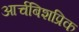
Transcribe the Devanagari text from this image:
आर्चबिशप्रिक